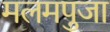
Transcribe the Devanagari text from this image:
मलमपुजा